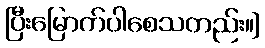
ပြီးမြောက်ပါစေသတည်း။]